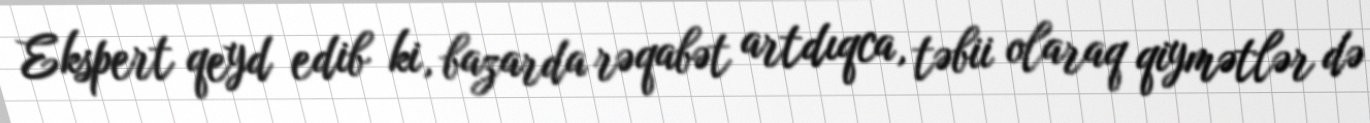
Ekspert qeyd edib ki, bazarda rəqabət artdıqca, təbii olaraq qiymətlər də